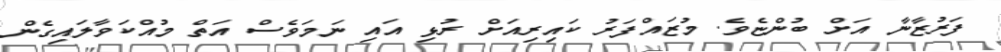
ފަރުޒާނާ އަށް ބުންޏެވެ. މުޒައްފަރު ކައިރިއަށް ރުޅި އައި ނަމަވެސް އަތް މުއްކަވާލައިގެން